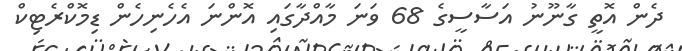
ދެން އޮތީ ގާނޫނު އަސާސީގެ 68 ވަނަ މާއްދާގައި އޮންނަ އެހެނިހެން ޑިމޮކްރެޓިކް